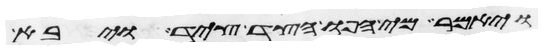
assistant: ויאמר מי אפו הצד ציד ויבא